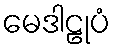
မေဒါဠုပံ